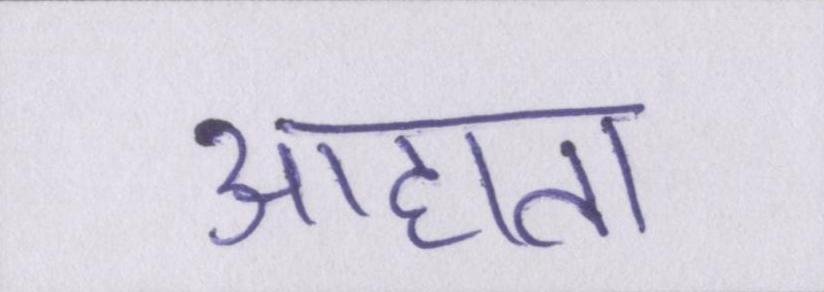
आहाता